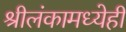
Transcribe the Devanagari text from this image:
श्रीलंकामध्येही